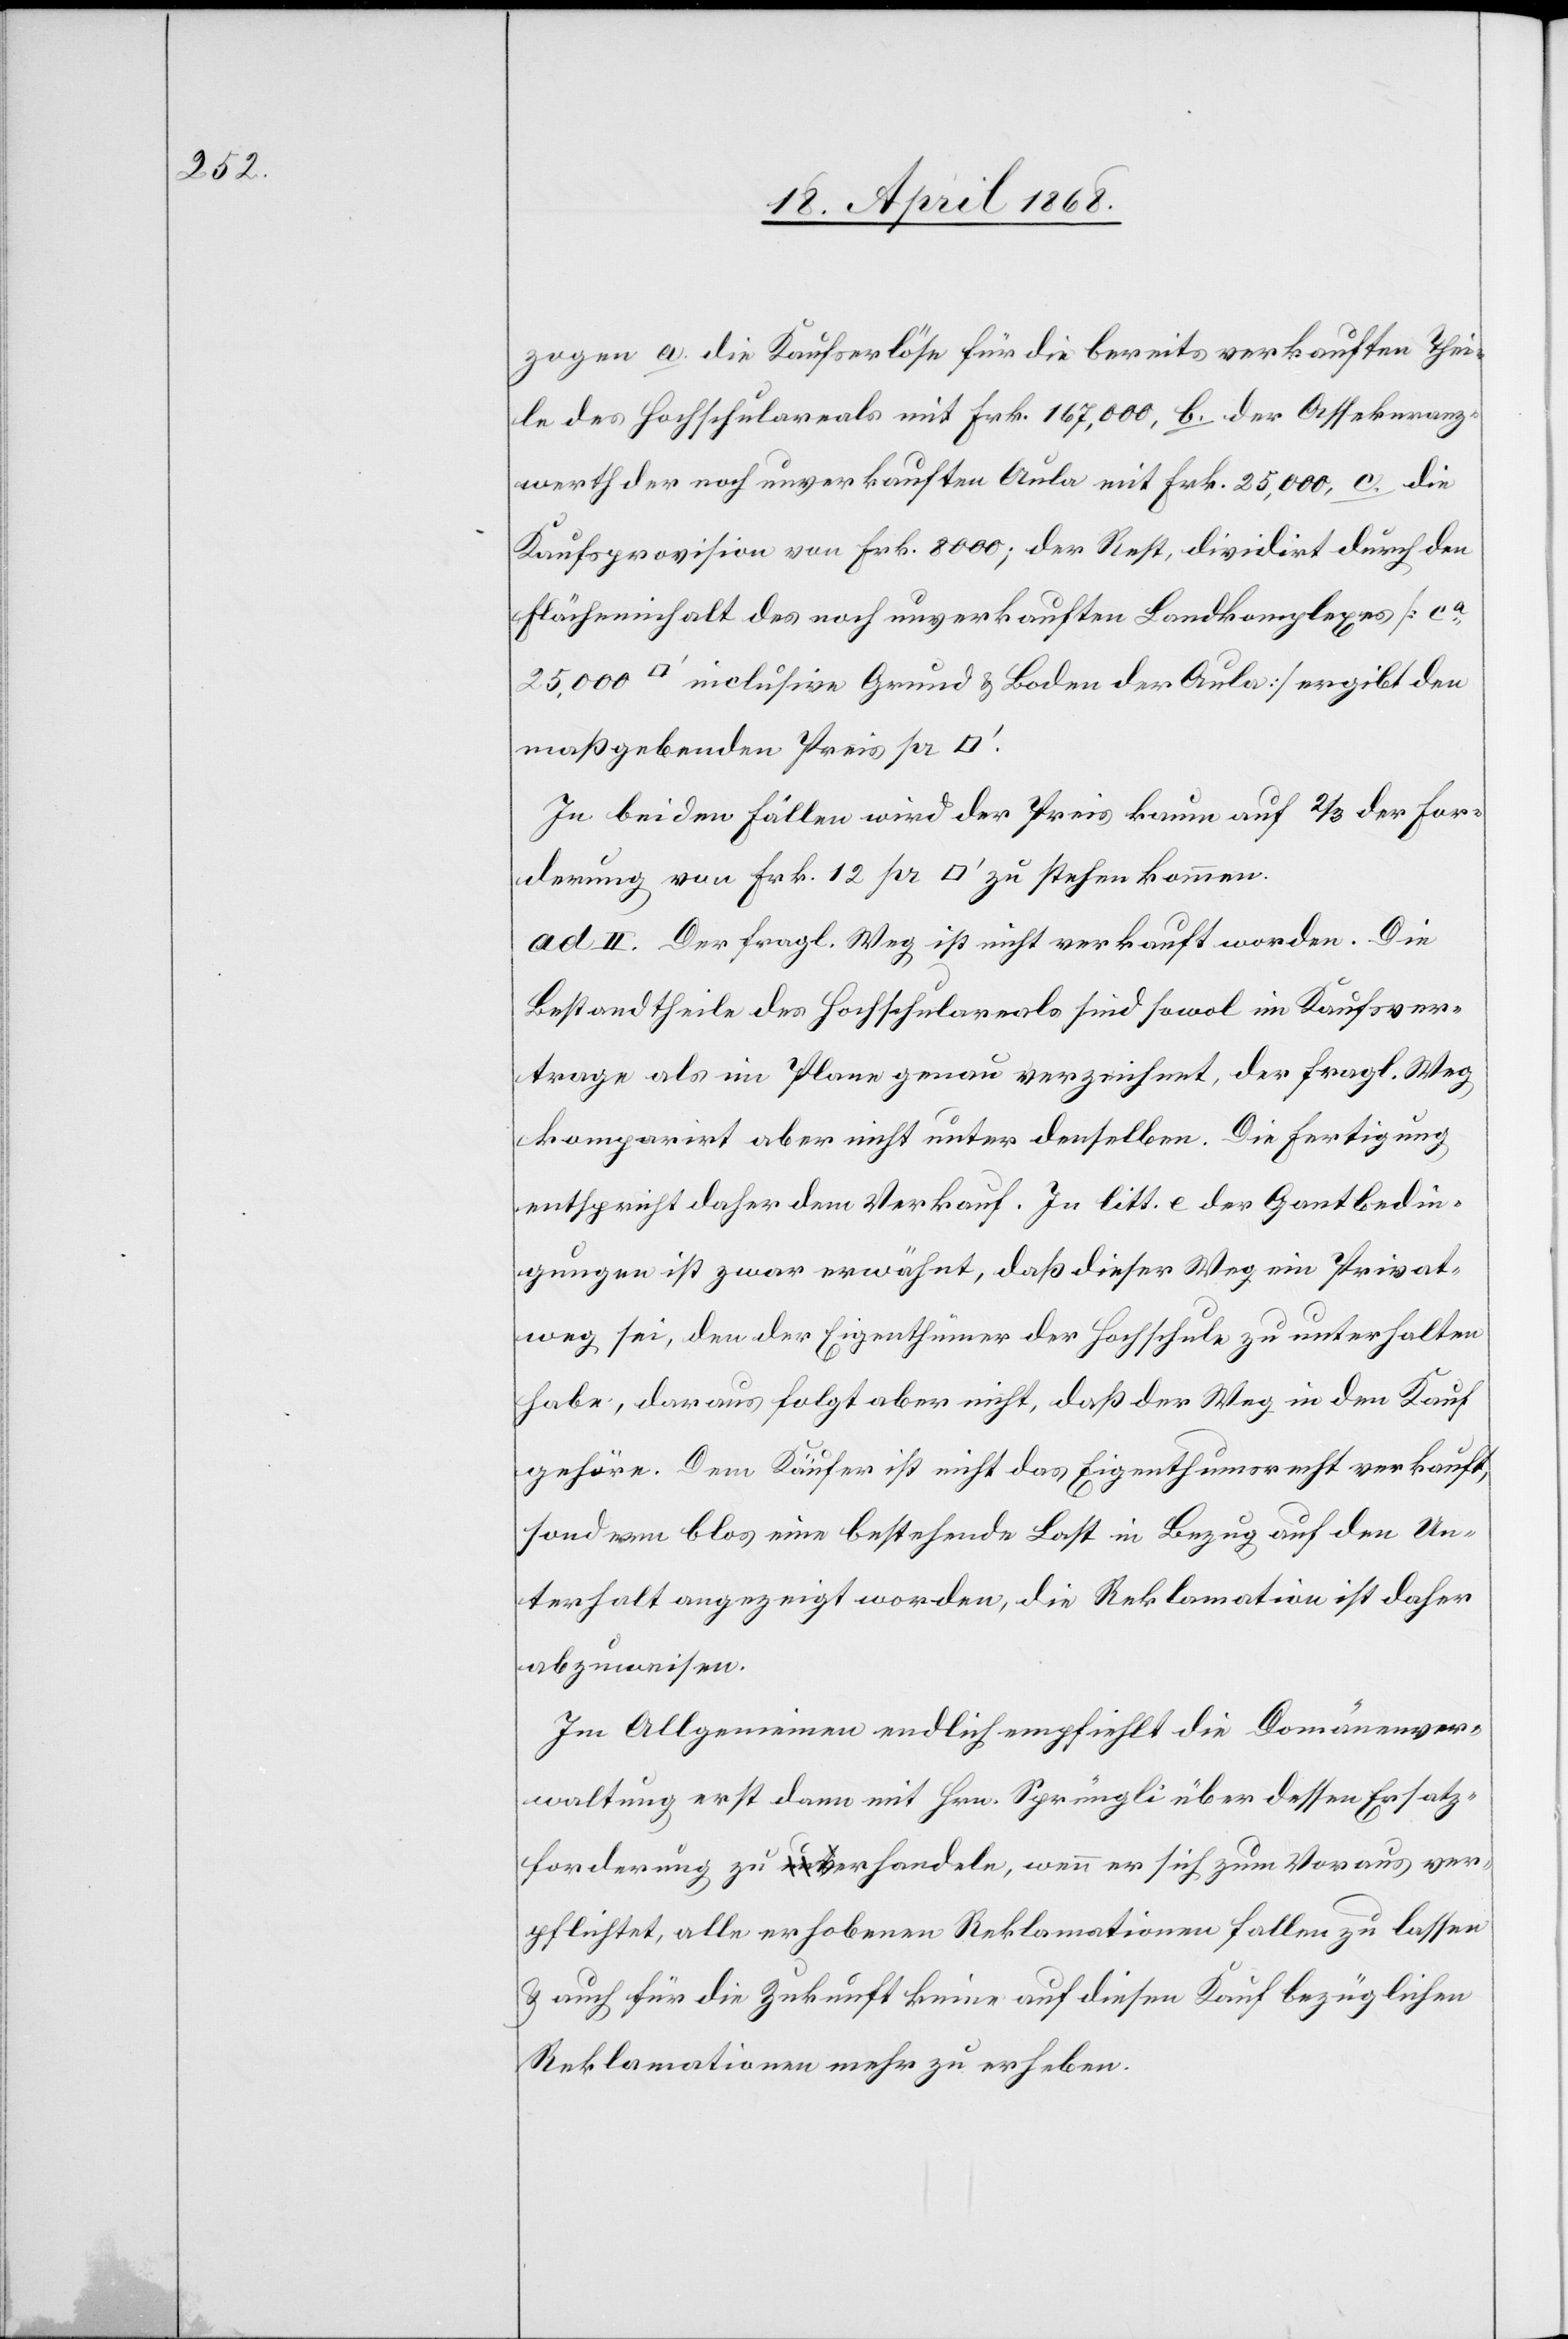
zogen a. die Kaufserlöse für die bereits verkauften Thei¬
le des Hochschulareals mit Frk. 167,000, b. der Assekuranz¬
werth der noch unverkauften Aula mit Frk. 25,000, c. die
Kaufsprovision von Frk. 8000; der Rest, dividirt durch den
Flächeninhalt des noch unverkauften Landkomplexes [ca.
[Quadratfuß] inclusive Grund & Boden der Aula] ergibt den
maßgebenden Preis pr
In beiden Fällen wird der Preis kaum auf 2/3 der For¬
derung von Frk. 12 pr [Quadratfuß] zu stehen kommen.
ad II. Der fragl. Weg ist nicht verkauft worden. Die
Bestandtheile des Hochschulareals sind sowol im Kaufsver¬
trage als im Plane genau verzeichnet, der fragl. Weg
komparirt aber nicht unter denselben. Die Fertigung
entspricht daher dem Verkauf. In litt. e der Gantbedin¬
gungen ist zwar erwähnt, daß dieser Weg ein Privat¬
weg sei, den der Eigenthümer der Hochschule zu unterhalten
habe, daraus folgt aber nicht, daß der Weg in den Kauf
gehöre. Dem Käufer ist nicht das Eigenthumsrecht verkauft,
sondern blos eine bestehende Last in Bezug auf den Un¬
terhalt angezeigt worden, die Reklamation ist daher
abzuweisen.
Im Allgemeinen endlich empfiehlt die Domänenver¬
waltung erst dann mit Hrn. Sprüngli über dessen Ersatz¬
forderung zu verhandeln, wenn er sich zum Voraus ver¬
pflichtet, alle erhobenen Reklamationen fallen zu lassen
& auch für die Zukunft keine auf diesen Kauf bezüglichen
Reklamationen mehr zu erheben.